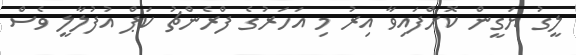
ލީގު ޔަގީން ކޮށްފައިވާ އިރު މި އަހަރުގެ ފްރެންޗު ކަޕް އުފުލާލީ ވެސް